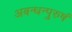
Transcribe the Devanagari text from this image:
अबन्धन्पुरुषं